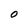
Character: O